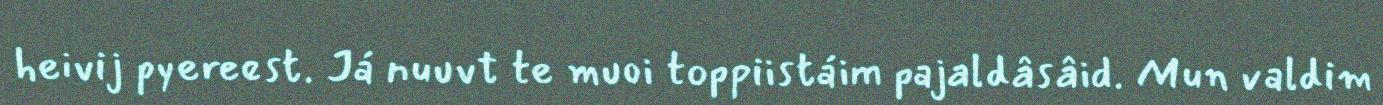
heivij pyereest. Já nuuvt te muoi toppiistáim pajaldâsâid. Mun valdim